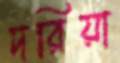
দরিয়া